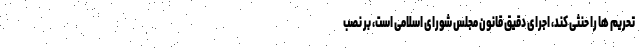
تحریم ها را حنثی کند، اجرای دقیق قانون مجلس شورای اسلامی است، بر نصب